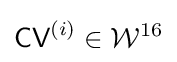
{\textsf {CV}}^{(i)}\in {\mathcal {W}}^{16}